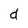
Character: d